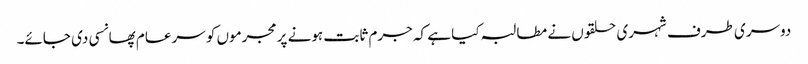
دوسری طرف شہری حلقوں نے مطالبہ کیا ہے کہ جرم ثابت ہونے پر مجرموں کو سرعام پھانسی دی جائے۔